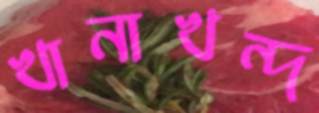
খানাখন্দ